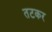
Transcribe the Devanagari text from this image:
तटकर